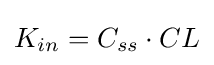
\textstyle K_{in}=C_{ss}\cdot CL